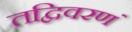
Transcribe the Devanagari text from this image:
तद्विवरणं